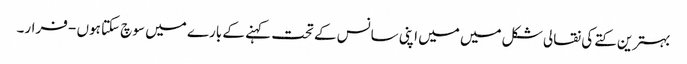
بہترین کتے کی نقالی شکل میں میں اپنی سانس کے تحت کہنے کے بارے میں سوچ سکتا ہوں - فرار۔